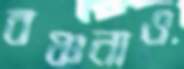
বঞ্চনাও